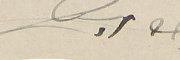
جورج